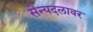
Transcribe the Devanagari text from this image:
सैन्यदलावर